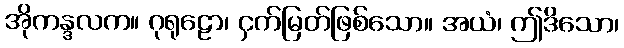
အိုကန္ဒလက။ ဂုရုဠော၊ ငှက်မြတ်ဖြစ်သော။ အယံ၊ ဤဒိသော၊